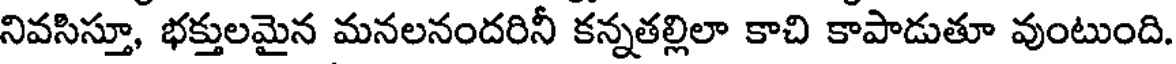
నివసిస్తూ, భక్తులమైన మనలనందరినీ కన్నతల్లిలా కాచి కాపాడుతూ వుంటుంది.